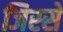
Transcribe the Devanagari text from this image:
जिस्‍से